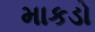
માકડો